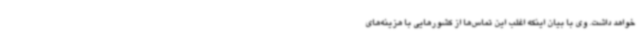
خواهد داشت. وی با بیان اینکه اغلب این تماس‌ها از کشورهایی با هزینه‌های